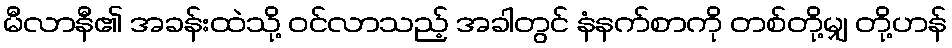
မီလာနီ၏ အခန်းထဲသို့ ဝင်လာသည့် အခါတွင် နံနက်စာကို တစ်တို့မျှ တို့ဟန်